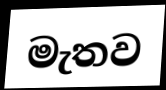
මැතව